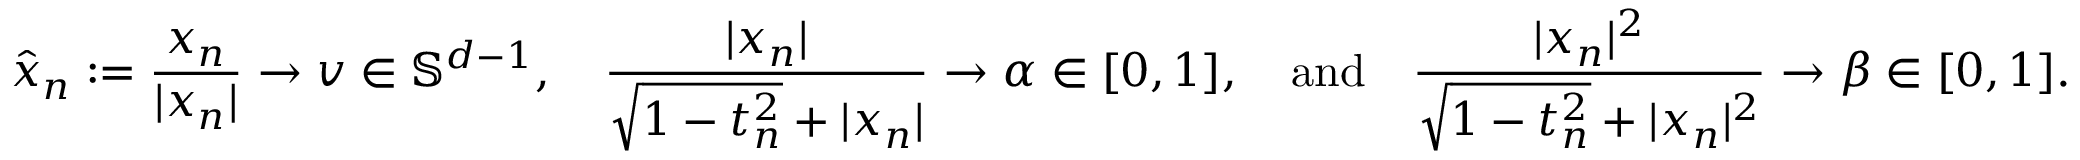
\hat { x } _ { n } : = \frac { x _ { n } } { \lvert x _ { n } \rvert } \to v \in \mathbb { S } ^ { d - 1 } , \quad \frac { \lvert x _ { n } \rvert } { \sqrt { 1 - t _ { n } ^ { 2 } } + \lvert x _ { n } \rvert } \to \alpha \in [ 0 , 1 ] , \quad \mathrm { a n d } \quad \frac { \lvert x _ { n } \rvert ^ { 2 } } { \sqrt { 1 - t _ { n } ^ { 2 } } + \lvert x _ { n } \rvert ^ { 2 } } \to \beta \in [ 0 , 1 ] .